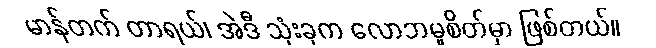
မာန်တက် တာရယ်၊ အဲဒီ သုံးခုက လောဘမူစိတ်မှာ ဖြစ်တယ်။